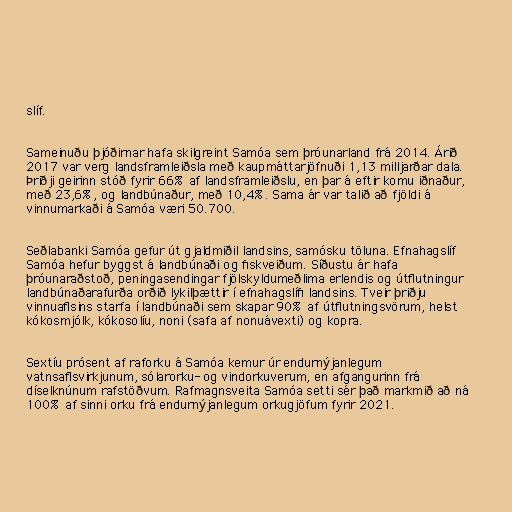
slíf.

Sameinuðu þjóðirnar hafa skilgreint Samóa sem þróunarland frá 2014. Árið
2017 var verg landsframleiðsla með kaupmáttarjöfnuði 1,13 milljarðar dala.
Þriðji geirinn stóð fyrir 66% af landsframleiðslu, en þar á eftir komu iðnaður,
með 23,6%, og landbúnaður, með 10,4%. Sama ár var talið að fjöldi á
vinnumarkaði á Samóa væri 50.700.

Seðlabanki Samóa gefur út gjaldmiðil landsins, samósku töluna. Efnahagslíf
Samóa hefur byggst á landbúnaði og fiskveiðum. Síðustu ár hafa
þróunaraðstoð, peningasendingar fjölskyldumeðlima erlendis og útflutningur
landbúnaðarafurða orðið lykilþættir í efnahagslífi landsins. Tveir þriðju
vinnuaflsins starfa í landbúnaði sem skapar 90% af útflutningsvörum, helst
kókosmjólk, kókosolíu, noni (safa af nonuávexti) og kopra.

Sextíu prósent af raforku á Samóa kemur úr endurnýjanlegum
vatnsaflsvirkjunum, sólarorku- og vindorkuverum, en afgangurinn frá
díselknúnum rafstöðvum. Rafmagnsveita Samóa setti sér það markmið að ná
100% af sinni orku frá endurnýjanlegum orkugjöfum fyrir 2021.